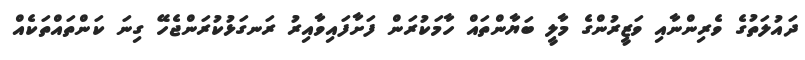
ދައުލަތުގެ ވެރިންނާއި ވަޒީރުންގެ މާލީ ބަޔާންތައް ހާމަކުރަން ފަށާފައިވާއިރު ރަނގަޅުކުރަންޖެހޭ ގިނަ ކަންތައްތަކެއް